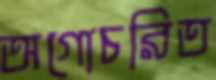
অগোচরিত